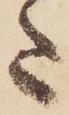
た